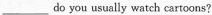
___do you usually watch cartoons?